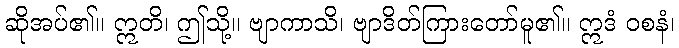
ဆိုအပ်၏။ ဣတိ၊ ဤသို့။ ဗျာကာသိ၊ ဗျာဒိတ်ကြားတော်မူ၏။ ဣဒံ ဝစနံ၊